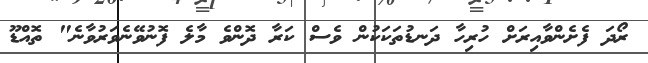
ރޯދަ ފެށެންވާއިރަށް ހުރިހާ ދަނޑުތަކަކުން ވެސް ކަރާ ދޮންވެ މާލެ ފޮނުވޭނެވަރުވާނެ" ތޮއްޑޫ